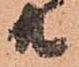
共